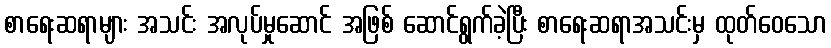
စာရေးဆရာများ အသင်း အလုပ်မှုဆောင် အဖြစ် ဆောင်ရွက်ခဲ့ပြီး စာရေးဆရာအသင်းမှ ထုတ်ဝေသော